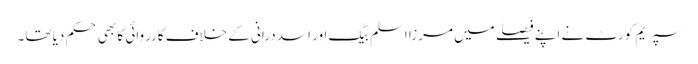
سپریم کورٹ نے اپنے فیصلے میں مرزا اسلم بیگ اور اسد درانی کے خلاف کارروائی کا بھی حکم دیا تھا۔